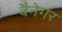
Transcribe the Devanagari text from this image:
वैनेगर